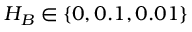
H _ { B } \in \{ 0 , 0 . 1 , 0 . 0 1 \}